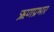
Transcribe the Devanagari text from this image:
ऋणप्रभार